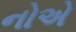
નોએ